Annual report of the Punjab Veterinary College and of the Civil Veterinary Department, Punjab - 1909-1919
Year: 1909
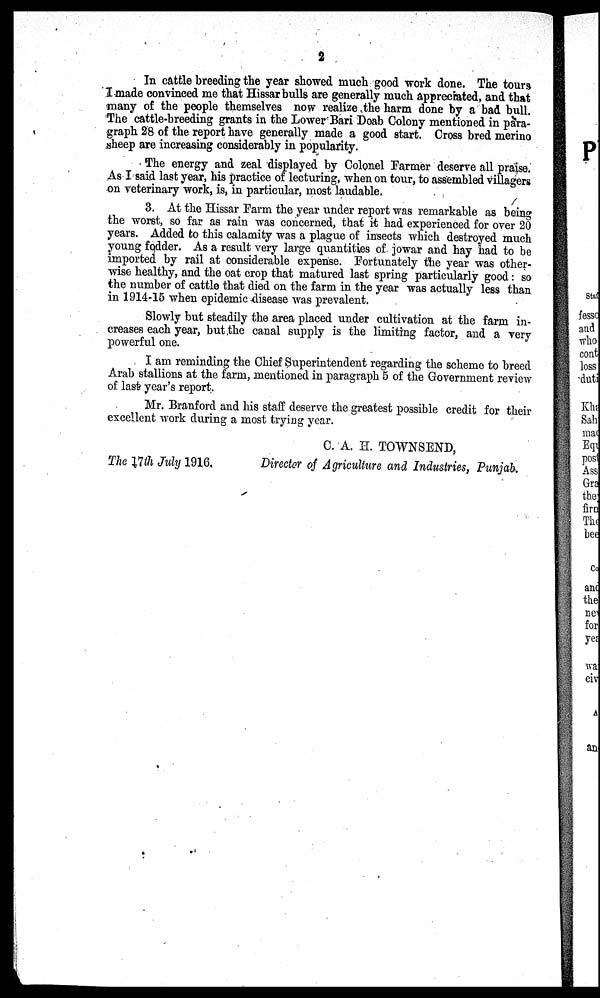
2
In cattle breeding the year showed much good work done. The tours
I made convinced me that Hissar bulls are generally much appreciated, and that
many of the people themselves now realize the harm done by a bad bull.
The cattle-breeding grants in the Lower Bari Doab Colony mentioned in para-
graph 28 of the report have generally made a good start. Cross bred merino
sheep are increasing considerably in popularity.
The energy and zeal displayed by Colonel Farmer deserve all praise.
As I said last year, his practice of lecturing, when on tour, to assembled villagers
on veterinary work, is, in particular, most laudable.
3. At the Hissar Farm the year under report was remarkable as being
the worst, so far as rain was concerned, that it had experienced for over 20
years. Added to this calamity was a plague of insects which destroyed much
young fodder. As a result very large quantities of jowar and hay had to be
imported by rail at considerable expense. Fortunately the year was other-
wise healthy, and the oat crop that matured last spring particularly good: so
the number of cattle that died on the farm in the year was actually less than
in 1914-15 when epidemic-disease was prevalent.
Slowly but steadily the area placed under cultivation at the farm in-
creases each year, but the canal supply is the limiting factor, and a very
powerful one.
I am reminding the Chief Superintendent regarding the scheme to breed
Arab stallions at the farm, mentioned in paragraph 5 of the Government review
of last year's report.
Mr. Branford and his staff deserve the greatest possible credit for their
excellent work during a most trying year.
The 17th July 1916.
C. A. H. TOWNSEND,
Director of Agriculture and Industries, Punjab.